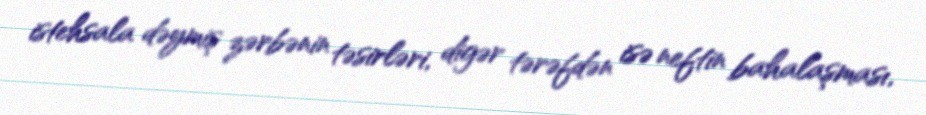
istehsala dəymiş zərbənin təsirləri, digər tərəfdən isə neftin bahalaşması,